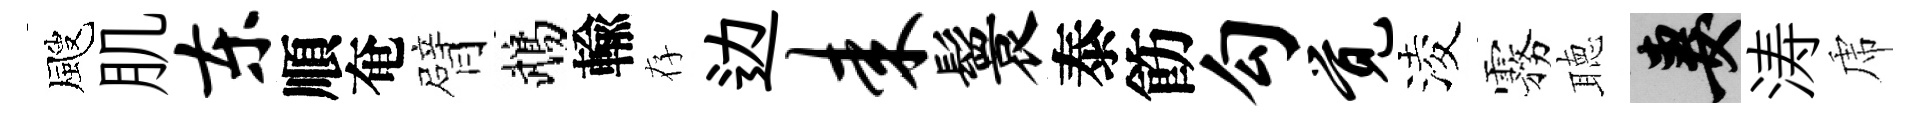
颼肌东順奄臂鵡輸存边耒鬟泰飭勾觉淩霧聴妻涛虎